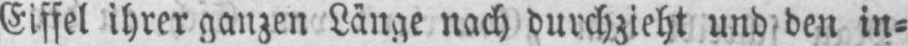
Eiffel ihrer ganzen Länge nach durchzieht und den in⸗